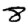
Digit: 8